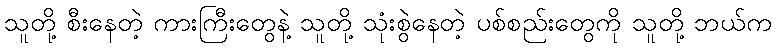
သူတို့ စီးနေတဲ့ ကားကြီးတွေနဲ့ သူတို့ သုံးစွဲနေတဲ့ ပစ်စည်းတွေကို သူတို့ ဘယ်က